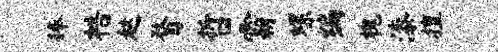
捧梏趑瞀哲霸螺编槐漆擅